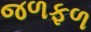
જળફળ